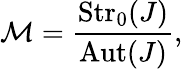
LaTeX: {\cal M}={\frac{\mathrm{Str}_{0}(J)}{\mathrm{Aut}(J)}},